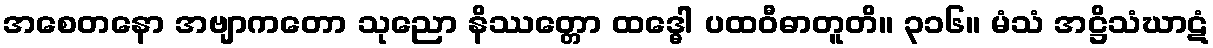
အစေတနော အဗျာကတော သုညော နိဿတ္တော ထဒ္ဓေါ ပထဝီဓာတူတိ။ ၃၁၆။ မံသံ အဋ္ဌိသံဃာဋံ